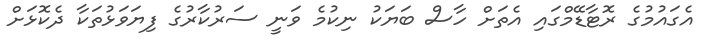
އެގައުމުގެ ރޮޓާޑޭމްގައި އެތަށް ހާސް ބަޔަކު ނިކުމެ ވަނީ ސަރުކާރުގެ ފިޔަވަޅުތަކާ ދެކޮޅަށް